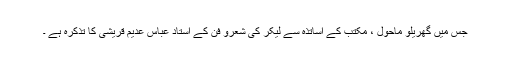
جس میں گھریلو ماحول ، مکتب کے اساتذہ سے لیکر کی شعرو فن کے استاد عباس عدیم قریشی کا تذکرہ ہے ۔